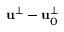
\mathbf { u ^ { \perp } } - \mathbf { u } _ { 0 } ^ { \perp }